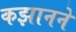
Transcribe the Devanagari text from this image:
कझानने